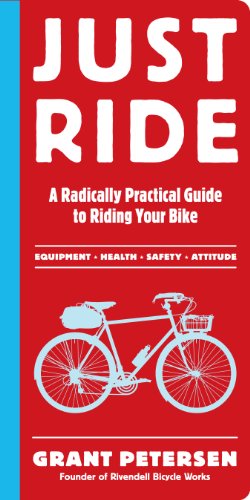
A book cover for Just Ride: A Radically Practical Guide to Riding Your Bike; Grant Petersen; Sports & Outdoors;